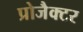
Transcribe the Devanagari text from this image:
प्रोजैक्टर